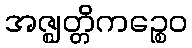
အဇ္ဈတ္တိကဉ္စေဝ